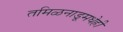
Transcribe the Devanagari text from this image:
तमिळनाडूमधेही